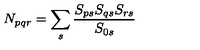
N _ { p q r } = \sum _ { s } \frac { S _ { p s } S _ { q s } S _ { r s } } { S _ { 0 s } }